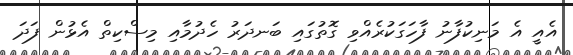
އެއީ އެ މަނިކުފާނު ފާހަގަކުރެއްވި ގޮތުގައި ބަނދަރު ހެދުމާއި މިސްކިތް އެޅުން ފަދަ